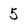
Character: 5